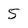
Character: 5